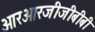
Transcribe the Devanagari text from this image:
आरआरजीजीबीबी